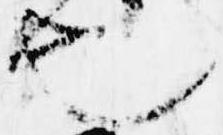
也